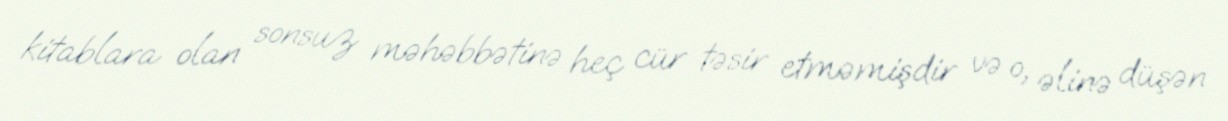
kitablara olan sonsuz məhəbbətinə heç cür təsir etməmişdir və o, əlinə düşən